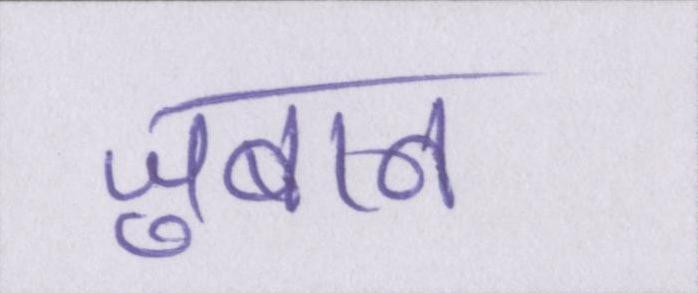
जुबान